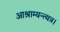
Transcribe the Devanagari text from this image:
आश्राम्यन्त्यत्र।